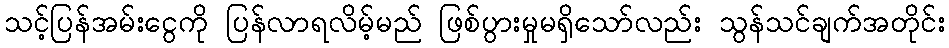
သင့်ပြန်အမ်းငွေကို ပြန်လာရလိမ့်မည် ဖြစ်ပွားမှုမရှိသော်လည်း သွန်သင်ချက်အတိုင်း